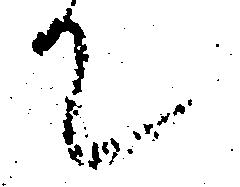
て